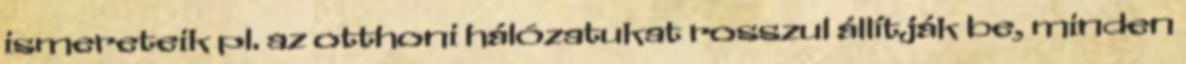
ismereteik pl. az otthoni hálózatukat rosszul állítják be, minden